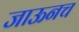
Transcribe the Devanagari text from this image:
जाऊनच